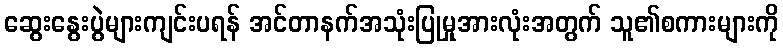
ဆွေးနွေးပွဲများကျင်းပရန် အင်တာနက်အသုံးပြုမှုအားလုံးအတွက် သူ၏စကားများကို